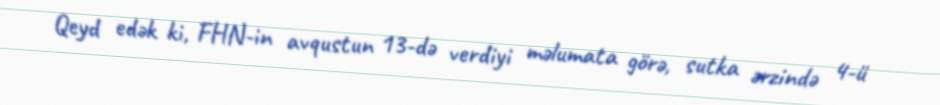
Qeyd edək ki, FHN-in avqustun 13-də verdiyi məlumata görə, sutka ərzində 4-ü